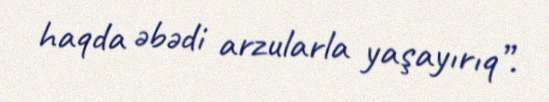
haqda əbədi arzularla yaşayırıq”.